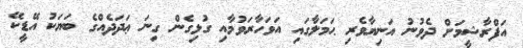
އަފްރާޝީމަށް ދެވުނު އަނިޔާވެރި ޙަމަލާގައި އަވަހާރަވުމާއި ގުޅިގެން ގިނަ ޢަދަދެއްގެ ބަޔަކު އޭޑީކޭ